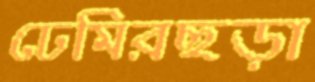
ঢেমিরছড়া